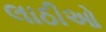
લાઠીઓ